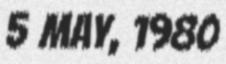
5 MAY, 1980